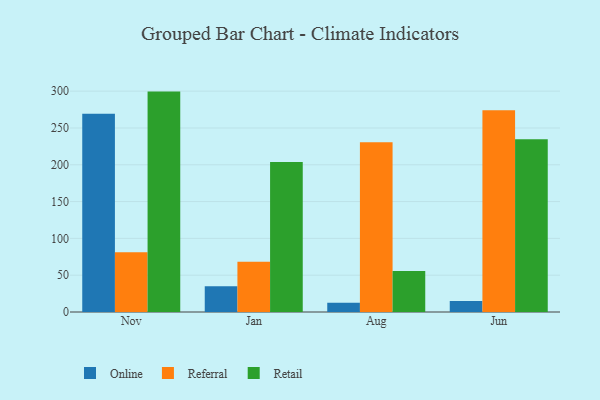
{"axis": {"x": "Month", "y": "Inventory Turnover"}, "legend": ["Online", "Referral", "Retail"], "data": [{"x": "Nov", "y": 269.3, "type": "Online"}, {"x": "Nov", "y": 81.3, "type": "Referral"}, {"x": "Nov", "y": 299.4, "type": "Retail"}, {"x": "Jan", "y": 35.0, "type": "Online"}, {"x": "Jan", "y": 68.4, "type": "Referral"}, {"x": "Jan", "y": 203.6, "type": "Retail"}, {"x": "Aug", "y": 12.6, "type": "Online"}, {"x": "Aug", "y": 230.7, "type": "Referral"}, {"x": "Aug", "y": 55.7, "type": "Retail"}, {"x": "Jun", "y": 14.8, "type": "Online"}, {"x": "Jun", "y": 274.2, "type": "Referral"}, {"x": "Jun", "y": 234.7, "type": "Retail"}]}